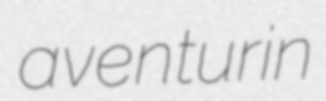
aventurin